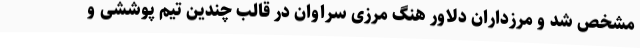
مشخص شد و مرزداران دلاور هنگ مرزی سراوان در قالب چندین تیم پوششی و